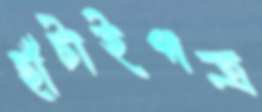
ছাঁটাইপত্র